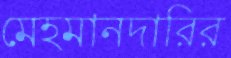
মেহমানদারির